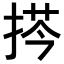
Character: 𢮻